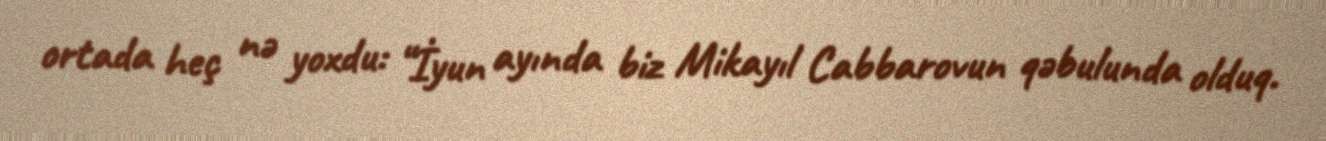
ortada heç nə yoxdu: “İyun ayında biz Mikayıl Cabbarovun qəbulunda olduq.